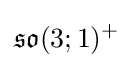
{\mathfrak {so}}(3;1)^{+}